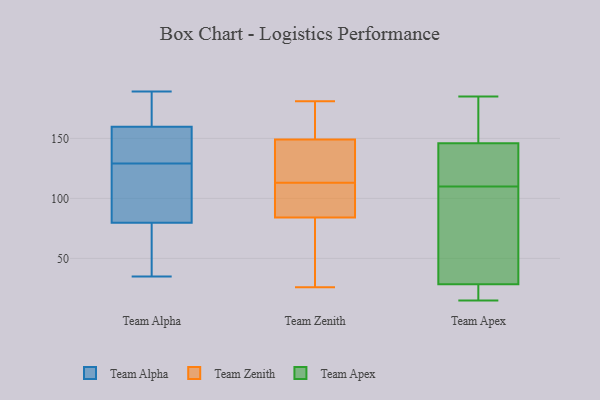
{"axis": {"x": "Revenue (USD Million)", "y": "Value"}, "legend": ["Team Alpha", "Team Apex", "Team Zenith"], "data": [{"x": "", "y": 189, "type": "Team Alpha"}, {"x": "", "y": 97, "type": "Team Alpha"}, {"x": "", "y": 161, "type": "Team Alpha"}, {"x": "", "y": 156, "type": "Team Alpha"}, {"x": "", "y": 165, "type": "Team Alpha"}, {"x": "", "y": 71, "type": "Team Alpha"}, {"x": "", "y": 156, "type": "Team Alpha"}, {"x": "", "y": 122, "type": "Team Alpha"}, {"x": "", "y": 129, "type": "Team Alpha"}, {"x": "", "y": 35, "type": "Team Alpha"}, {"x": "", "y": 74, "type": "Team Alpha"}, {"x": "", "y": 115, "type": "Team Zenith"}, {"x": "", "y": 149, "type": "Team Zenith"}, {"x": "", "y": 160, "type": "Team Zenith"}, {"x": "", "y": 82, "type": "Team Zenith"}, {"x": "", "y": 26, "type": "Team Zenith"}, {"x": "", "y": 100, "type": "Team Zenith"}, {"x": "", "y": 53, "type": "Team Zenith"}, {"x": "", "y": 91, "type": "Team Zenith"}, {"x": "", "y": 111, "type": "Team Zenith"}, {"x": "", "y": 146, "type": "Team Zenith"}, {"x": "", "y": 105, "type": "Team Zenith"}, {"x": "", "y": 120, "type": "Team Zenith"}, {"x": "", "y": 30, "type": "Team Zenith"}, {"x": "", "y": 84, "type": "Team Zenith"}, {"x": "", "y": 181, "type": "Team Zenith"}, {"x": "", "y": 127, "type": "Team Zenith"}, {"x": "", "y": 179, "type": "Team Zenith"}, {"x": "", "y": 171, "type": "Team Zenith"}, {"x": "", "y": 27, "type": "Team Apex"}, {"x": "", "y": 185, "type": "Team Apex"}, {"x": "", "y": 182, "type": "Team Apex"}, {"x": "", "y": 170, "type": "Team Apex"}, {"x": "", "y": 110, "type": "Team Apex"}, {"x": "", "y": 132, "type": "Team Apex"}, {"x": "", "y": 182, "type": "Team Apex"}, {"x": "", "y": 60, "type": "Team Apex"}, {"x": "", "y": 43, "type": "Team Apex"}, {"x": "", "y": 146, "type": "Team Apex"}, {"x": "", "y": 127, "type": "Team Apex"}, {"x": "", "y": 33, "type": "Team Apex"}, {"x": "", "y": 82, "type": "Team Apex"}, {"x": "", "y": 15, "type": "Team Apex"}, {"x": "", "y": 22, "type": "Team Apex"}, {"x": "", "y": 130, "type": "Team Apex"}, {"x": "", "y": 146, "type": "Team Apex"}, {"x": "", "y": 15, "type": "Team Apex"}, {"x": "", "y": 16, "type": "Team Apex"}]}